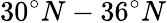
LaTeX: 30^{\circ}N-36^{\circ}N